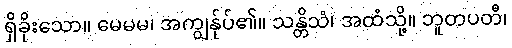
ရှိခိုးသော။ မေမမ၊ အကျွန်ုပ်၏။ သန္တိသံ၊ အထံသို့။ ဘူတပတီ၊